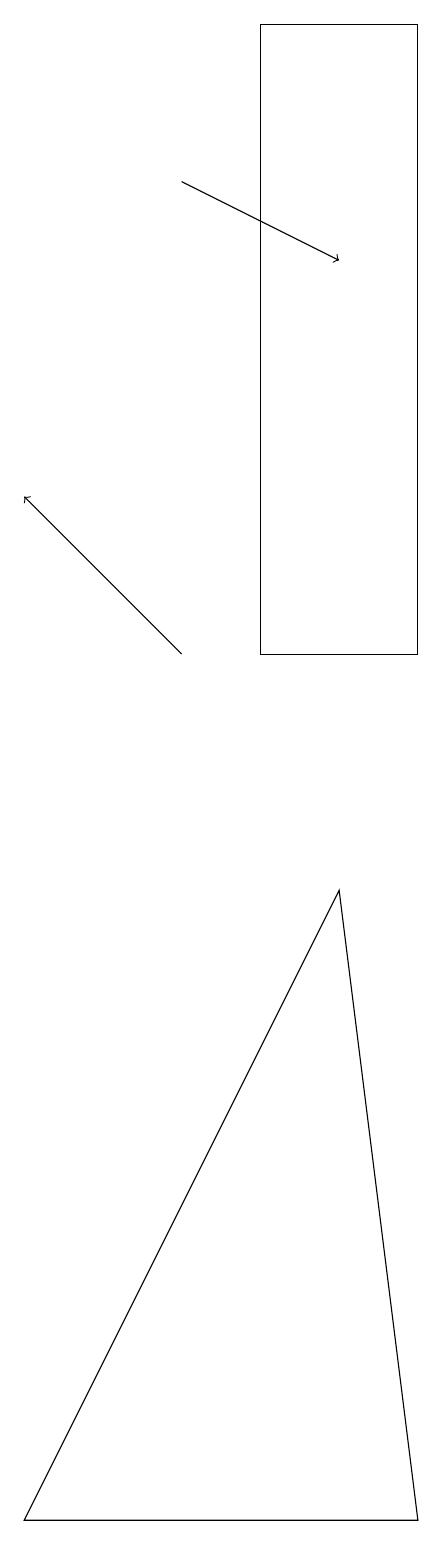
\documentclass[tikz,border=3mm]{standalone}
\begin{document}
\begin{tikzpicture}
\draw (9,0) -- (8,8) -- (4,0) -- cycle;
\draw (9,11) rectangle (7,19);
\draw[->] (6,11) -- (4,13);
\draw[->] (6,17) -- (8,16);
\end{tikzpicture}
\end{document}